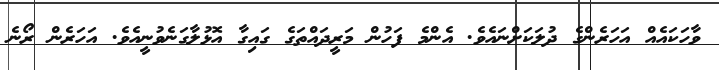
ވާހަކައެއް އަހަރެންގެ ދުލަކަށްނައެވެ. އެންމެ ފަހުން މަރީދައްތަގެ ގައިގާ އޮޅުލާގަނެވުނީއެވެ. އަހަރެން ރޯނެ